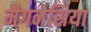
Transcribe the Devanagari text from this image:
मैगनेसिया